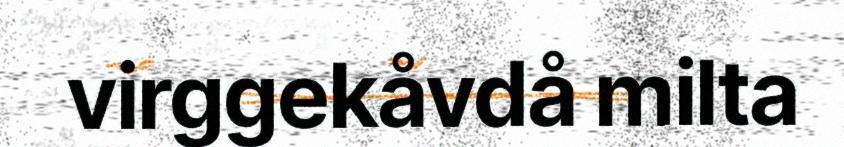
virggekåvdå milta